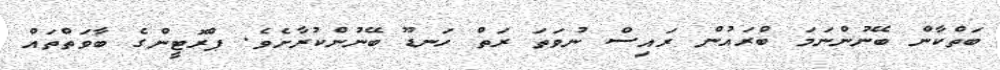
ބަތްކާން ބޭނުންނަމަ ބްރައުން ރައިސް ނުވަތަ ރަތް ހަނޑޫ ބޭނުންކުރާށެވެ. ޕްރޮޓީންގެ ބާވަތްތައް